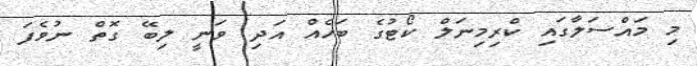
މި މައްސަލާގައި ކްރިމިނަލް ކޯޓުގެ ބަހެއް އަދި ވަނީ ލިބޭ ގޮތް ނުވެފަ